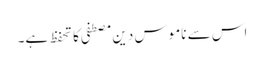
اس سے ناموس دین مصطفی کا تحفظ ہے۔